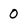
Character: 0